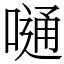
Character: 嗵